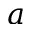
a